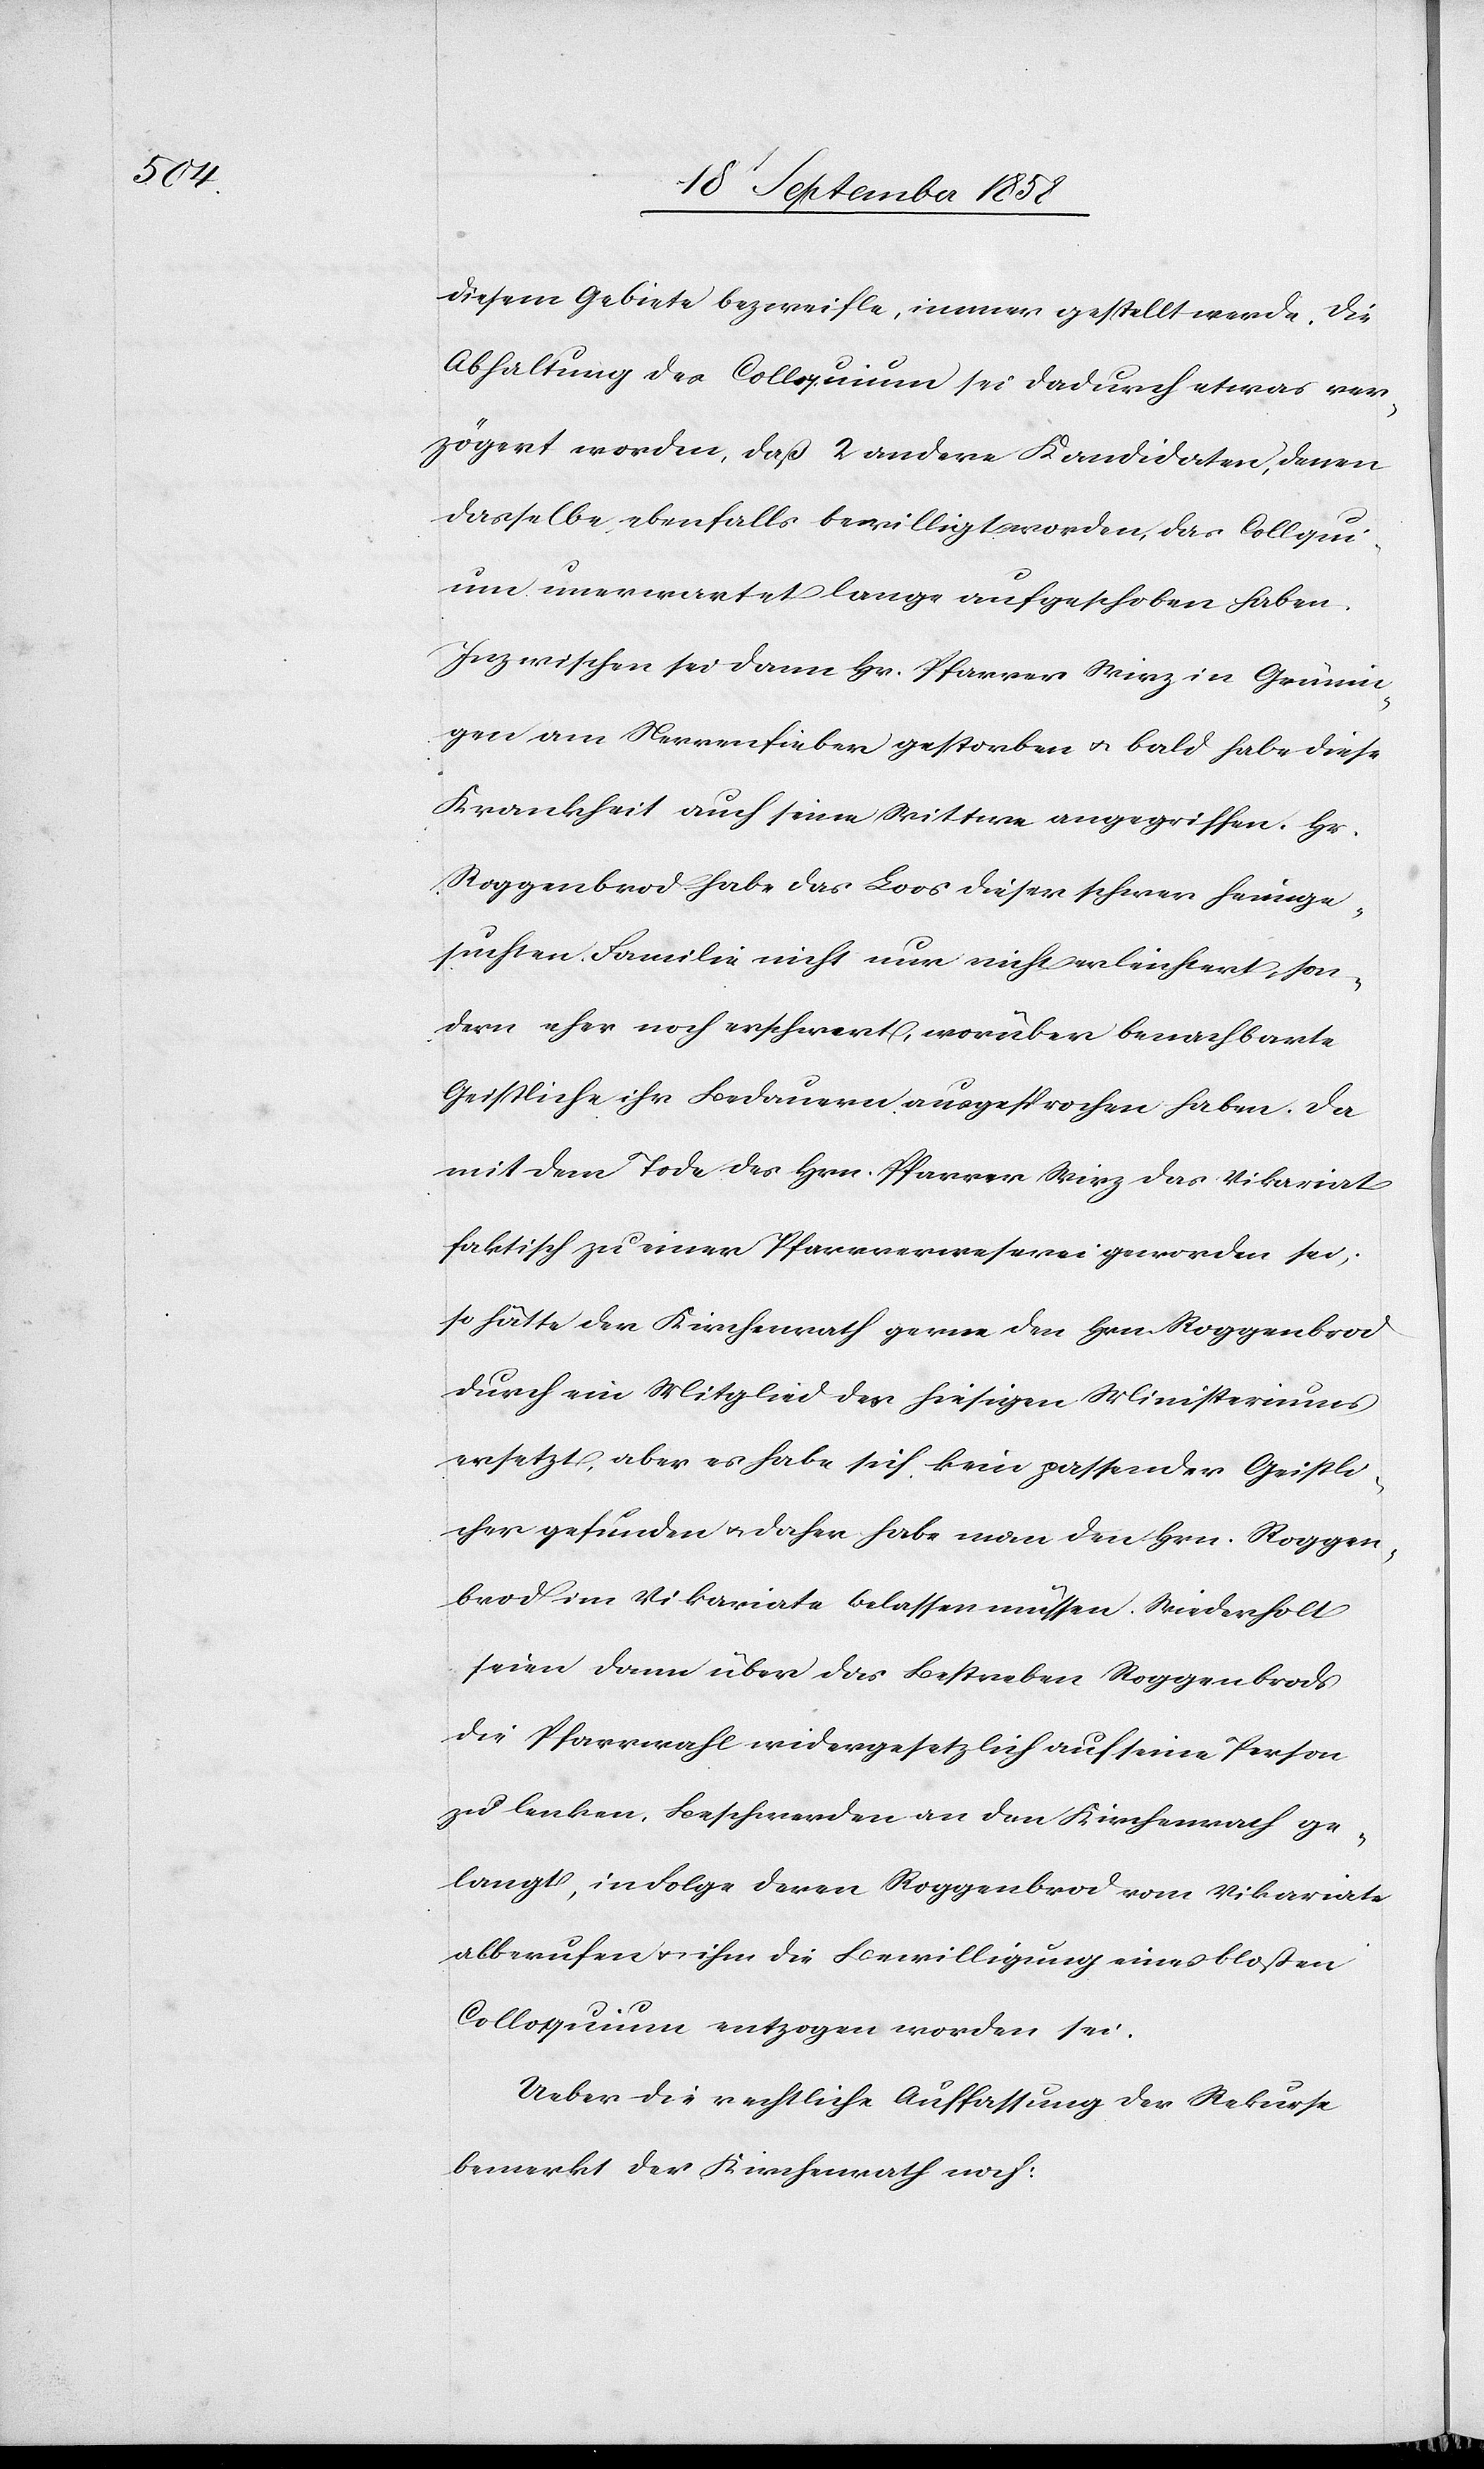
diesem Gebiete bezweifle, immer gestellt werde. Die
Abhaltung des Colloquium sei dadurch etwas ver¬
zögert worden, daß 2 andere Kandidaten, denen
dasselbe ebenfalls bewilligt worden, das Coll[o]q¬
uium unerwartet lange aufgeschoben haben.
Inzwischen sei dann Hr. Pfarrer Wirz in Grünin¬
gen am Nervenfieber gestorben & bald habe diese
Krankheit auch seine Wittwe angegriffen. Hr.
Roggenbrod habe das Loos dieser schwer heimge¬
suchten Familie nicht nur nicht erleichtert, son¬
dern eher noch erschwert, worüber benachbarte
Geistliche ihr Bedauern ausgesprochen haben. Da
mit dem Tode des Hrn. Pfarrer Wirz das Vikariat
faktisch zu einer Pfarrverweserei geworden sei,
so hätte der Kirchenrath gerne den Hrn. Roggenbrod
durch ein Mitglied des hiesigen Ministeriums
ersetzt, aber es habe sich kein passender Geistli¬
cher gefunden & daher habe man den Hrn. Roggen¬
brod im Vikariate belassen müssen. Wiederholt
seien dann über das Bestreben Roggenbrods
die Pfarrwahl widergesetzlich auf seine Person
zu lenken, Beschwerden an den Kirchenrath ge¬
langt, in Folge deren Roggenbrod vom Vikariate
abberufen & ihm die Bewilligung eines bloßen
Colloquium entzogen worden sei.
Ueber die rechtliche Auffassung der Rekurse
bemerkt der Kirchenrath noch: